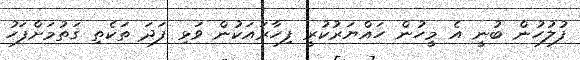
ފުލުހުން ބުނީ އެ މީހުން ހައްޔަރުކުރީ ފިހާރައަކުން ވަޅި ފަދަ ތަކެތި ގަތުމަށްފަހު